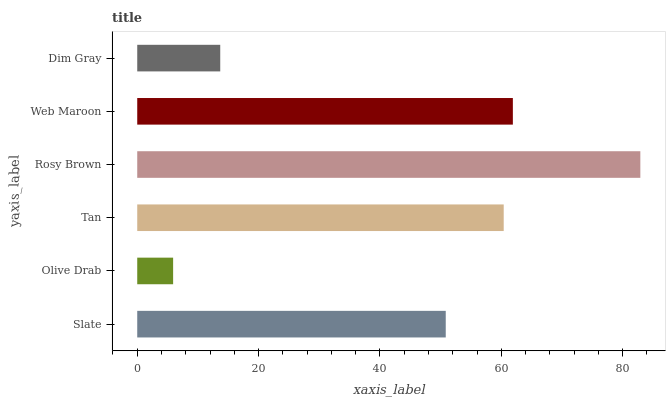
| yaxis_label | bars |
 | --- | --- |
 | Slate | 50.8 |
 | Olive Drab | 5.92 |
 | Tan | 60.4 |
 | Rosy Brown | 82.9 |
 | Web Maroon | 61.9 |
 | Dim Gray | 13.7 |